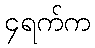
၄ရက်က